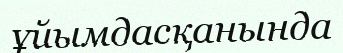
ұйымдасқанында